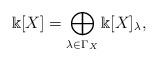
LaTeX: \begin{align*} \Bbbk[X] = \bigoplus \limits_{\lambda \in \Gamma_X} \Bbbk[X]_\lambda,\end{align*}